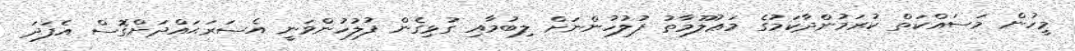
މީހުން މަސައްކަތް ކުރަމުންދާކަމުގެ މަޢުލޫމާތު ފުލުހުންނަށް ލިބުމާއި ގުޅިގެން ފުލުހުންވަނީ އެސަރަޙައްދަށްގޮސް އެފަދަ